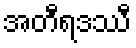
အတီရဒဿီ